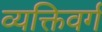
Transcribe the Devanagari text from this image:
व्यक्तिवर्ग